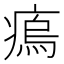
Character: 𤸼